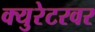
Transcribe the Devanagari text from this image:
क्युरेटरवर